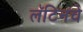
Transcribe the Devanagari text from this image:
लॅटिनचे